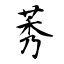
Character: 莠